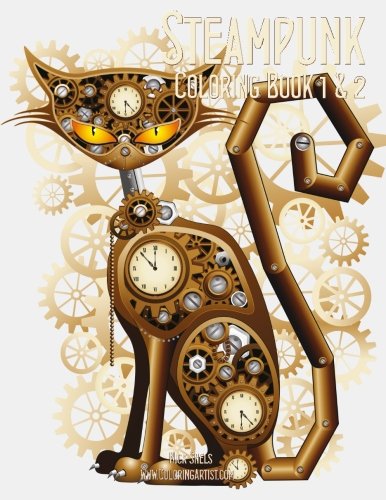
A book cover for Steampunk Coloring Book 1 & 2; Nick Snels; Crafts, Hobbies & Home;